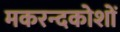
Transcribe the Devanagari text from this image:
मकरन्दकोशों